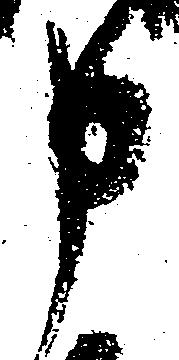
申